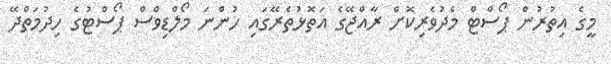
މީގެ އިތުރުން ޕޯސްޓް މެދުވެރިކޮށް ރާއްޖޭގެ އަތޮޅުތެރޭގައި ހުންނަ މޯލްޑިވްސް ޕޯސްޓުގެ ހިދުމަތްދޭ